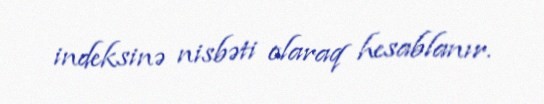
indeksinə nisbəti olaraq hesablanır.